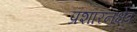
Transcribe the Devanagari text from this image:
प्रशारनक्षेत्र